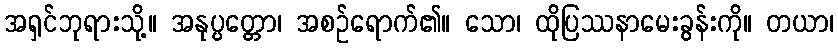
အရှင်ဘုရားသို့။ အနုပ္ပတ္တော၊ အစဉ်ရောက်၏။ သော၊ ထိုပြဿနာမေးခွန်းကို။ တယာ၊